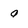
Character: q